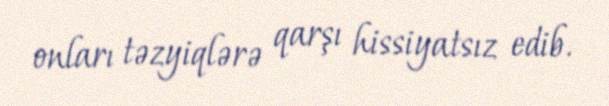
onları təzyiqlərə qarşı hissiyatsız edib.